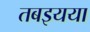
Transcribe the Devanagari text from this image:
तबइयया